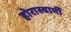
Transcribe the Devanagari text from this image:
होरास्वामीं